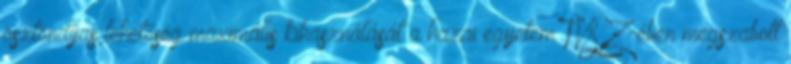
ösztöndíjas lehetőség maximális kihasználását a hazai egyetem TVSZ-ében megszabott